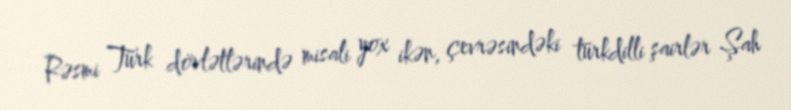
Rəsmi Türk dövlətlərində misali yox ikən, çevrəsindəki türkdilli şairlər Şah